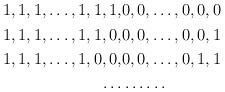
LaTeX: \begin{align*}\begin{aligned}1,1,1,\dots,1,1,1,&0,0,\dots,0,0,0\\1,1,1,\dots,1,1,0,&0,0,\dots,0,0,1\\1,1,1,\dots,1,0,0,&0,0,\dots,0,1,1\\\dots &\dots\dots\end{aligned}\end{align*}